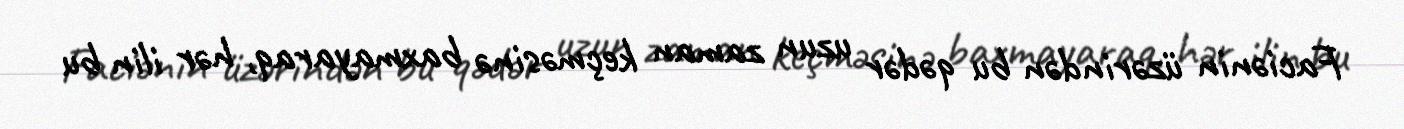
Faciənin üzərindən bu qədər uzun zaman keçməsinə baxmayaraq, hər ilin bu